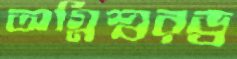
অগ্নিশ্বরড্র